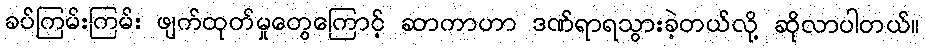
ခပ်ကြမ်းကြမ်း ဖျက်ထုတ်မှုတွေကြောင့် ဆာကာဟာ ဒဏ်ရာရသွားခဲ့တယ်လို့ ဆိုလာပါတယ်။